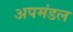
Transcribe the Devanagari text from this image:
अपमंडल